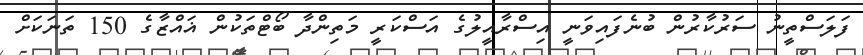
ފަލަސްތީނު ސަރުކާރުން ބުނެފައިވަނީ އިސްރާއީލުގެ އަސްކަރީ މަތިންދާ ބޯޓްތަކުން ޣައްޒާގެ 150 ތަނަކަށް